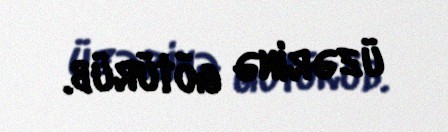
üzərinə götürüb.